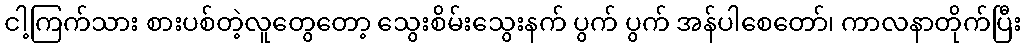
ငါ့ကြက်သား စားပစ်တဲ့လူတွေတော့ သွေးစိမ်းသွေးနက် ပွက် ပွက် အန်ပါစေတော်၊ ကာလနာတိုက်ပြီး